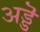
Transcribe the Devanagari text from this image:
अड्डॆ